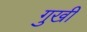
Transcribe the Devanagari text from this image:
गुखी